Document type: Sale
Year: 1430
Scribe: [Unknown]
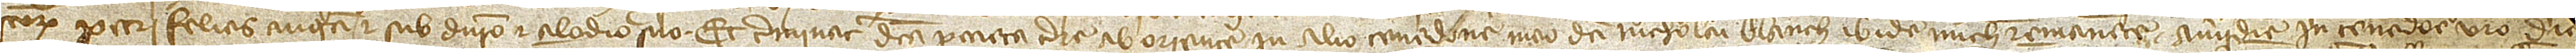
Sanctorum Petri Felicis augusti, et sub dominio et alodio suo. Et terminat dicta pecia terre ab oriente in alio tenedone meo dicti Nicholai Blanch ibidem michi remanente; a meridie in tenedone vero dic[ti]